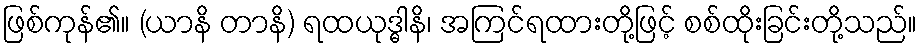
ဖြစ်ကုန်၏။ (ယာနိ တာနိ) ရထယုဒ္ဓါနိ၊ အကြင်ရထားတို့ဖြင့် စစ်ထိုးခြင်းတို့သည်။